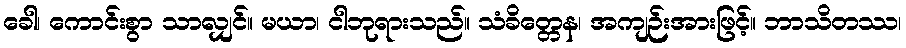
ခေါ၊ ကောင်းစွာ သာလျှင်။ မယာ၊ ငါဘုရားသည်။ သံခိတ္တေန၊ အကျဉ်းအားဖြင့်။ ဘာသိတဿ၊